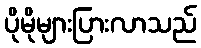
ပိုမိုများပြားလာသည်